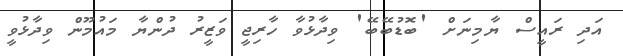
އަދި ރައީސް ޔާމިނަށް 'ބޮޑުބޭބޭ' ވިދާޅުވާ ހާރިޖީ ވަޒީރު ދުންޔާ މައުމޫން ވިދާޅުވީ